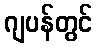
ဂျပန်တွင်